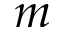
m